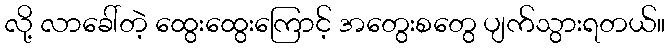
လို့ လာခေါ်တဲ့ ထွေးထွေးကြောင့် အတွေးစတွေ ပျက်သွားရတယ်။